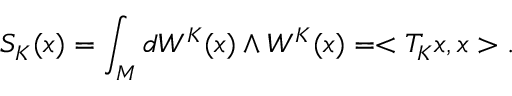
S _ { K } ( x ) = \int _ { M } d W ^ { K } ( x ) \wedge W ^ { K } ( x ) = < T _ { K } x , x > .